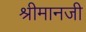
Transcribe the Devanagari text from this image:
श्रीमानजी